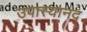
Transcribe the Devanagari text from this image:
उपास्यानंद